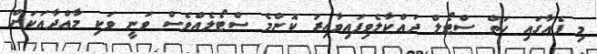
މި ފެއާގައި ހަތް ސްޓޯލް ދައްކާލެވިފައިވާއިރު ކޮންމެ ސްޓޯލެއްވެސް ވަނީ ވަކި މާއްދާއަކަށް